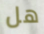
هل